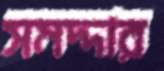
সমদ্দার